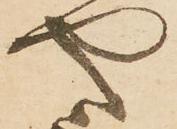
や